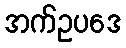
အက်ဥပဒေ